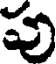
పు